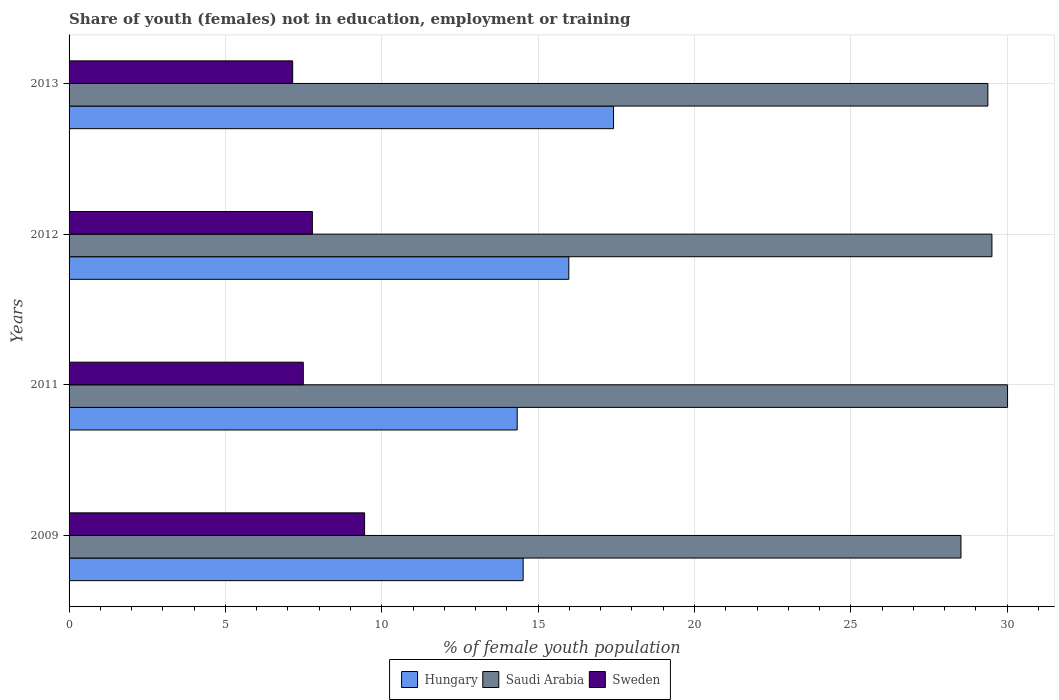
| Years | Hungary | Saudi Arabia | Sweden |
 | --- | --- | --- | --- |
 | 2009 | 14.5 | 28.5 | 9.45 |
 | 2011 | 14.3 | 30 | 7.49 |
 | 2012 | 16 | 29.5 | 7.78 |
 | 2013 | 17.4 | 29.4 | 7.15 |